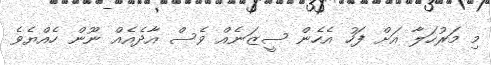
މި މަރުހަލާ އަށް ފަހު އެހެން ސީޒަނެއް ވެސް އާދެއެއް ނޫން ހެއްޔެވެ